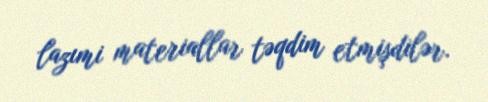
lazımi materiallar təqdim etmişdilər.